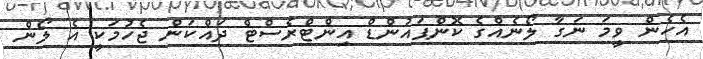
އެހެން ވީމަ ނަގާ ލޯނެއްގެ ކޮންޕައުންޑް އިންޓްރެސްޓް ދައްކަން ޖެހުމަކީ އެ ލޯން